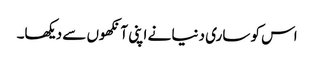
اس کو ساری دنیا نے اپنی آنکھوں سے دیکھا۔